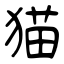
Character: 猫